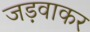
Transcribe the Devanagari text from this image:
जड़वाकर